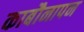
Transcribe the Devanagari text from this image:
काबौनापन